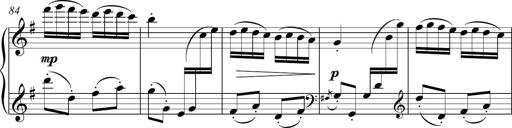
Title: Sonatina del HuÃ©car
Composer: JosÃ© Miguel Moreno Sabio